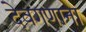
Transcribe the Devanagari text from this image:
देवगणाना